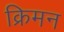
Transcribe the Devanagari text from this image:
क्रिमन